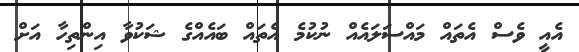
އެއީ ވެސް އެތައް މައްސަލައެއް ނުކުމެ އެތައް ބައެއްގެ ޝަކުވާ އިންތިހާ އަށް